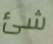
شئ